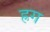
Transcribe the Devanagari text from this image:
ह्रग